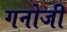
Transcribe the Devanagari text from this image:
गनोजी